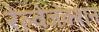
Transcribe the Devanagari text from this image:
रेल्वेजंक्शन